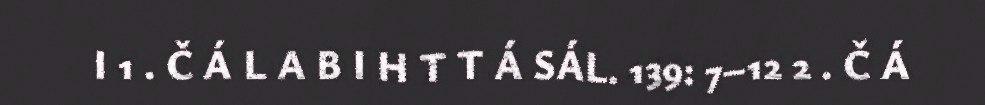
I 1 . Č Á L A B I H T T Á SÁL. 139: 7–12 2 . Č Á